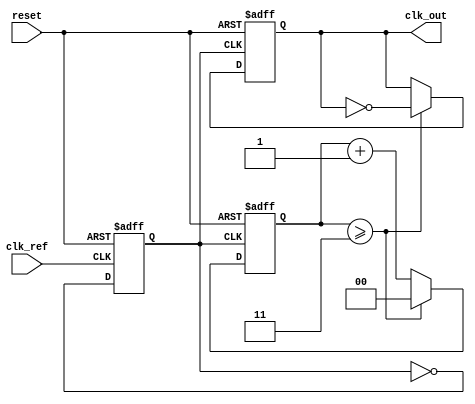
module dual_loop_pll(
    input wire clk_ref,           // Reference Clock
    input wire reset,            // Reset signal
    output wire clk_out          // Output Clock
);

// Parameters
parameter CLK_DIV = 4;          // Divider for the outer loop
parameter VCO_MAX_FREQ = 100;   // Example maximum VCO frequency
parameter VCO_MIN_FREQ = 10;     // Example minimum VCO frequency
parameter K_PD = 1;             // Gain for Phase Detector
parameter K_LF = 5;             // Gain for Loop Filter

// Internal signals
wire phase_error;               // Phase error signal from PD
wire control_voltage_inner;      // Control voltage for inner loop
wire control_voltage_outer;      // Control voltage for outer loop
reg [1:0] vco_voltage;           // Voltage controlling VCO frequency
reg clk_vco;                     // VCO output clock
reg [1:0] frequency_divider;     // Frequency Divider Counter
reg clk_div;                     // Divider output clock

// Phase Detector (PD)
assign phase_error = clk_ref ^ clk_vco; // Phase error detected

// Loop Filter (LF)
assign control_voltage_inner = K_PD * phase_error; // PID-like control signal
assign control_voltage_outer = K_LF * control_voltage_inner; // Coarse voltage adjustment

// Voltage-Controlled Oscillator (VCO)
always @(posedge clk_ref or posedge reset) begin
    if (reset) begin
        vco_voltage <= 0; // Reset to minimum frequency
    end else begin
        // Adjust vco_voltage based on control voltages, ensure its within VCO limits
        vco_voltage <= control_voltage_outer[1:0] + control_voltage_inner[1:0]; // Control VCO frequency
        if (vco_voltage > VCO_MAX_FREQ) begin
            vco_voltage <= VCO_MAX_FREQ;
        end else if (vco_voltage < VCO_MIN_FREQ) begin
            vco_voltage <= VCO_MIN_FREQ;
        end
    end
end

// VCO output logic
always @(posedge clk_ref or posedge reset) begin
    if (reset) begin
        clk_vco <= 0; // Reset VCO clock
    end else begin
        clk_vco <= ~clk_vco; // Generate VCO clock based on vco_voltage
    end
end

// Frequency Divider logic
always @(posedge clk_vco or posedge reset) begin
    if (reset) begin
        frequency_divider <= 0; 
        clk_div <= 0;
    end else begin
        frequency_divider <= frequency_divider + 1;
        if (frequency_divider >= CLK_DIV - 1) begin // Division factor
            frequency_divider <= 0;
            clk_div <= ~clk_div; // Toggle output clock
        end
    end
end

// Final output clock
assign clk_out = clk_div;

endmodule